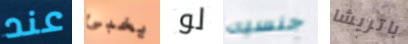
عند يخبئ لو جنسيه باتريشا